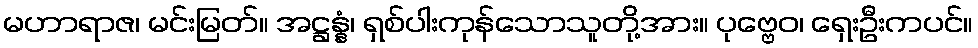
မဟာရာဇ၊ မင်းမြတ်။ အဋ္ဌန္နံ၊ ရှစ်ပါးကုန်သောသူတို့အား။ ပုဗ္ဗေဝ၊ ရှေးဦးကပင်။